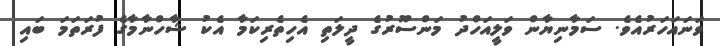
ވަނައަހަރުއެވެ. ސަމާނިޔާން ވަލީއަހްދު މަންސޫރުގެ ދީލަތި އެހިތެރިކަމާ އެކު ޝާހްނާމާގެ ފުރަތަމަ ބައި